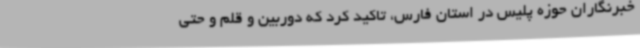
خبرنگاران حوزه پلیس در استان فارس، تاکید کرد که دوربین و قلم و حتی